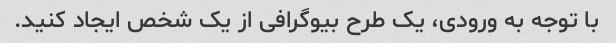
با توجه به ورودی، یک طرح بیوگرافی از یک شخص ایجاد کنید.